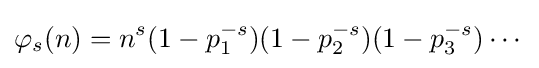
\varphi _{s}(n)=n^{s}(1-p_{1}^{-s})(1-p_{2}^{-s})(1-p_{3}^{-s})\cdots